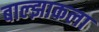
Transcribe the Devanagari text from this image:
बाल्झाकला